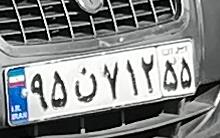
۹۵ن۷۱۳۵۵